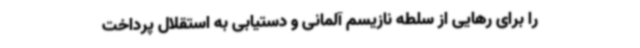
را برای رهایی از سلطه‌ نازیسم آلمانی و دستیابی به استقلال پرداخت